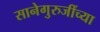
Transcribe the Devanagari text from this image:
सानेगुरुजींच्या